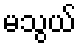
မသွယ်